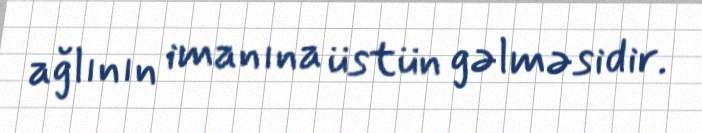
ağlının imanına üstün gəlməsidir.